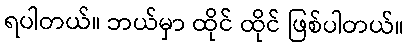
ရပါတယ်။ ဘယ်မှာ ထိုင် ထိုင် ဖြစ်ပါတယ်။